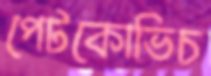
পেটকোভিচ